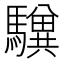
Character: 𩦸